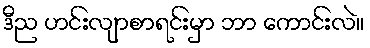
ဒီည ဟင်းလျာစာရင်းမှာ ဘာ ကောင်းလဲ။